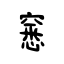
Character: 窸